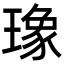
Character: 𤩪